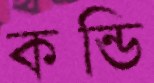
কন্ডি